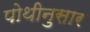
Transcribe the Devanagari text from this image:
पोथीनुसार